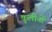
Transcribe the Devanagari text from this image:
कुलीनाें